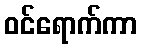
ဝင်ရောက်ကာ